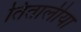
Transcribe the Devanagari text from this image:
तितालीया